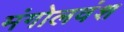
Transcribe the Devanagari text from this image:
मंगोलवंश